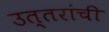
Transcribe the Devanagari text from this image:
उत्तरांची